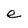
Character: e